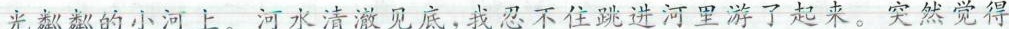
光粼粼的小河上。河水清澈见底，我忍不住跳进河里游了起来。突然觉得